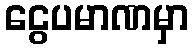
ငွေပမာဏမှာ